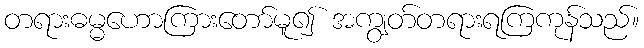
တရားဓမ္မဟောကြားတော်မူ၍ အကျွတ်တရားရကြကုန်သည်။